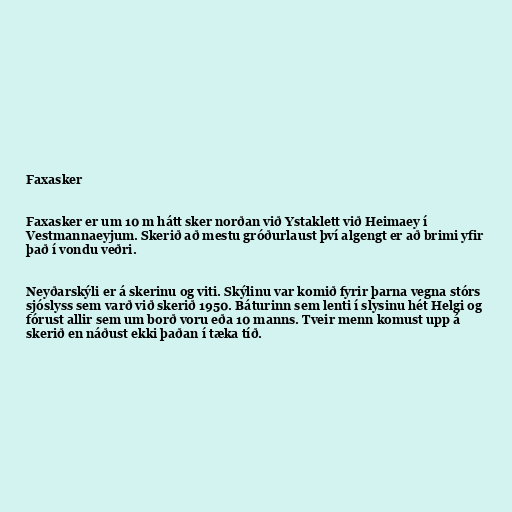
Faxasker

Faxasker er um 10 m hátt sker norðan við Ystaklett við Heimaey í
Vestmannaeyjum. Skerið að mestu gróðurlaust því algengt er að brimi yfir
það í vondu veðri.

Neyðarskýli er á skerinu og viti. Skýlinu var komið fyrir þarna vegna stórs
sjóslyss sem varð við skerið 1950. Báturinn sem lenti í slysinu hét Helgi og
fórust allir sem um borð voru eða 10 manns. Tveir menn komust upp á
skerið en náðust ekki þaðan í tæka tíð.